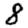
Digit: 8